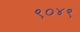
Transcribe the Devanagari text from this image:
९०४९